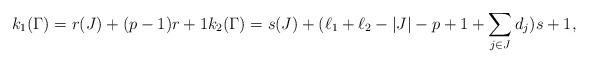
LaTeX: \begin{align*}k_1(\Gamma) = r(J) + (p-1)r +1 k_2(\Gamma) = s(J) + (\ell_1+\ell_2 - |J| - p +1 + \sum_{j\in J} d_j)s +1,\end{align*}